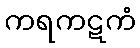
ကရကဋကံ